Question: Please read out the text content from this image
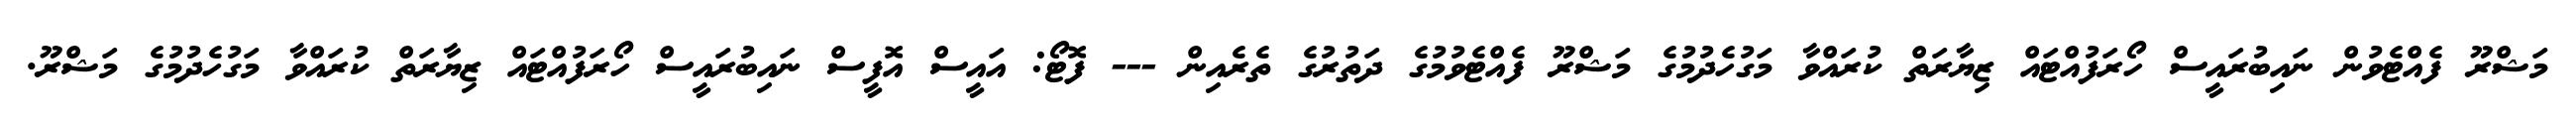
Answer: މަޝްރޫ ފެއްޓެވުން ނައިބުރައީސް ހޯރަފުއްޓައް ޒިޔާރަތް ކުރައްވާ މަގުހެދުމުގެ މަޝްރޫ ފެއްޓެވުމުގެ ދަތުރުގެ ތެރެއިން --- ފޮޓޯ: އައީސް އޮފީސް ނައިބުރައީސް ހޯރަފުއްޓައް ޒިޔާރަތް ކުރައްވާ މަގުހެދުމުގެ މަޝްރޫ.